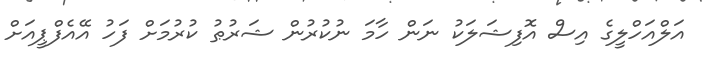
އަލްއަހްލީގެ އިސް އޮފިޝަލަކު ނަން ހާމަ ނުކުރުން ޝަރުޠު ކުރުމަށް ފަހު އޭއެފްޕީއަށް